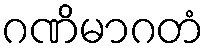
ဂဏိမာဂတံ